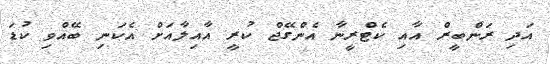
އަދި ރަންބީރް އާއި ކެޓްރީނާ އެންގޭޖް ކުރީ އާއިލާއަށް އެކަނި ބޭއްވި ކުޑަ